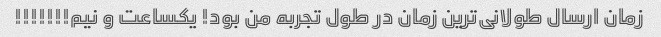
زمان ارسال طولانی‌ترین زمان در طول تجربه من بود! یکساعت و نیم!!!!!!!